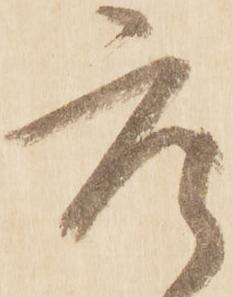
座